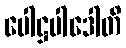
ပေါဋ္ဌပါဒေါတိ